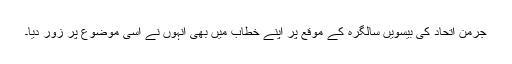
جرمن اتحاد کی بیسویں سالگرہ کے موقع پر اپنے خطاب میں بھی انہوں نے اسی موضوع پر زور دیا۔